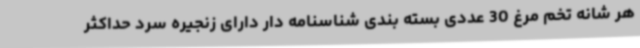
هر شانه تخم مرغ 30 عددی بسته بندی شناسنامه دار دارای زنجیره سرد حداکثر